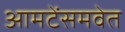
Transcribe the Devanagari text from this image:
आमटेंसमवेत